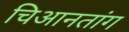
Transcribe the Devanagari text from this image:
चिआनतांग